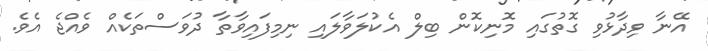
އޭނާ ވިދާޅުވި ގޮތުގައި މޮނިކޮން ބިލް އެކުލަވާލައި ނިމިފައިވާތާ ދުވަސްތަކެއް ވެއްޖެ އެވެ.